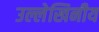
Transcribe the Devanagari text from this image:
उल्लेखिनीय